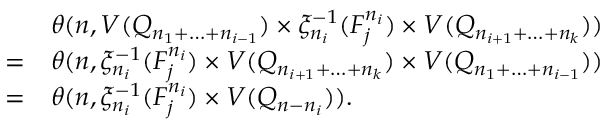
\begin{array} { r c l } & & { \theta ( n , V ( Q _ { n _ { 1 } + \ldots + n _ { i - 1 } } ) \times \xi _ { n _ { i } } ^ { - 1 } ( F _ { j } ^ { n _ { i } } ) \times V ( Q _ { n _ { i + 1 } + \ldots + n _ { k } } ) ) } \\ & { = } & { \theta ( n , \xi _ { n _ { i } } ^ { - 1 } ( F _ { j } ^ { n _ { i } } ) \times V ( Q _ { n _ { i + 1 } + \ldots + n _ { k } } ) \times V ( Q _ { n _ { 1 } + \ldots + n _ { i - 1 } } ) ) } \\ & { = } & { \theta ( n , \xi _ { n _ { i } } ^ { - 1 } ( F _ { j } ^ { n _ { i } } ) \times V ( Q _ { n - n _ { i } } ) ) . } \end{array}